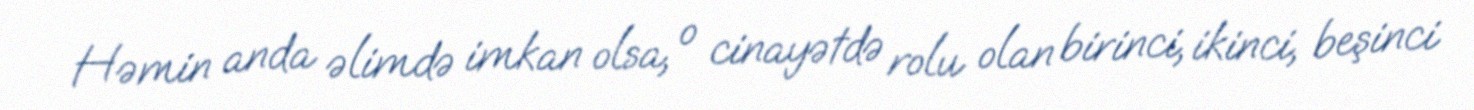
Həmin anda əlimdə imkan olsa, o cinayətdə rolu olan birinci, ikinci, beşinci